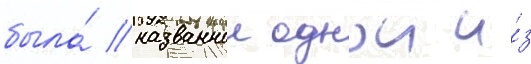
была́ названнои однои и́з